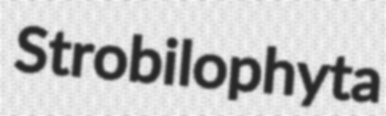
Strobilophyta